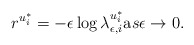
\begin{align*} r^{u_i^{\ast}} = - \epsilon \log \lambda_{\epsilon, i}^{u_i^{\ast}} {\text as} \epsilon \rightarrow 0. \end{align*}